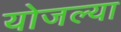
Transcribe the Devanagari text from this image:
योजल्या